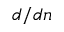
d / d n